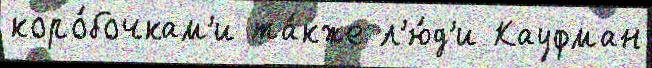
коро́бочкам'и та́кже л'ю́д'и Кауфман